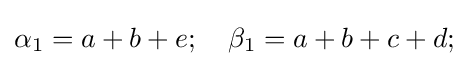
\alpha _{1}=a+b+e;\quad \beta _{1}=a+b+c+d;